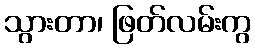
သွားတာ၊ ဖြတ်လမ်းကွ